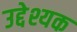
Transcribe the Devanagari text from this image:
उद्देश्यक